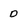
Character: 0